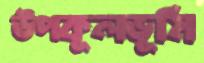
উপকূলভূমি